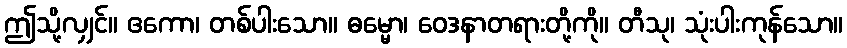
ဤသို့လျှင်။ ဧကော၊ တစ်ပါးသော။ ဓမ္မော၊ ဝေဒနာတရားတို့ကို။ တီသု၊ သုံးပါးကုန်သော။